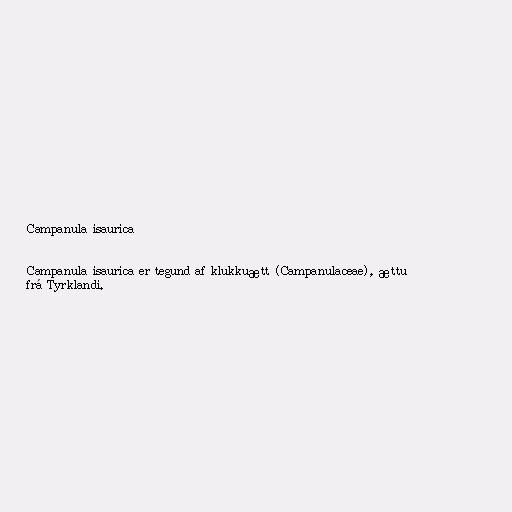
Campanula isaurica

Campanula isaurica er tegund af klukkuætt (Campanulaceae), ættuð
frá Tyrklandi.